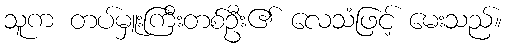
သူက တပ်မှူးကြီးတစ်ဦး၏ လေသံဖြင့် မေးသည်။